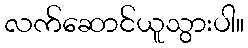
လက်ဆောင်ယူသွားပါ။